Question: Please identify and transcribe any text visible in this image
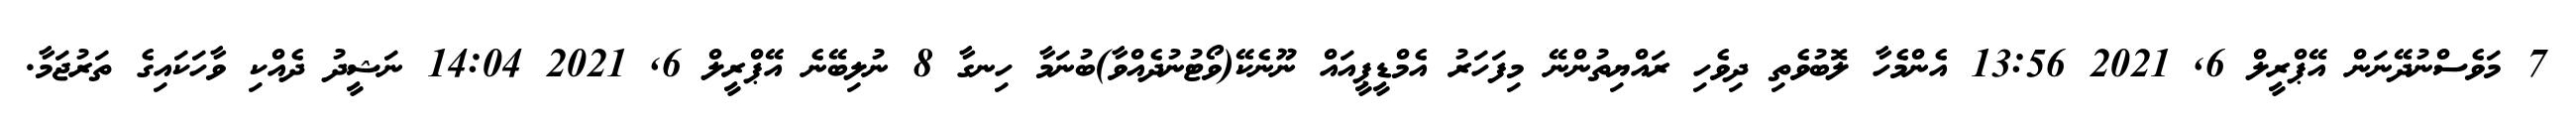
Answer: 7 މަވެސްނުދޭނަން އޭޕްރީލް 6, 2021 13:56 އެންމެހާ ލޮބުވެތި ދިވެހި ރައްޔިތުންނޭ މިފަހަރު އެމްޑީޕީއައް ނޫނެކޭ(ވޯޓުނުދެއްވާ)ބުނަމާ ހިނގާ 8 ނުލިބޭނެ އޭޕްރީލް 6, 2021 14:04 ނަޝީދު ދެއްކި ވާހަކައިގެ ތަރުޖަމާ.